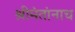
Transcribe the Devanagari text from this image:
श्रीमंतांनाच